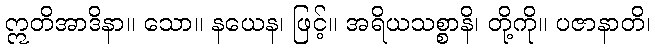
ဣတိအာဒိနာ။ သော။ နယေန၊ ဖြင့်။ အရိယသစ္စာနိ၊ တို့ကို။ ပဇာနာတိ၊